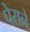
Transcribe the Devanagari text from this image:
पेराने